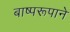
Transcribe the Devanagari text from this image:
बाष्परूपाने